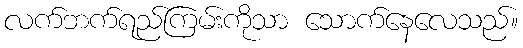
လက်ဘက်ရည်ကြမ်းကိုသာ သောက်နေလေသည်။